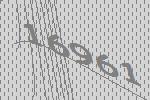
16961